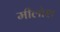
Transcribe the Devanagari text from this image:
मीलोश